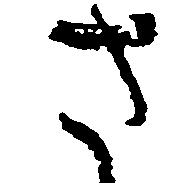
さ